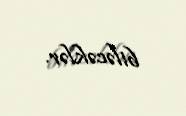
biləcəklər.